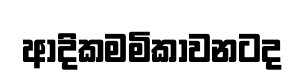
ආදිකමමිකාවනටද